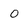
Character: 0